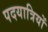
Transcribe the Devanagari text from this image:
पदयात्रियों